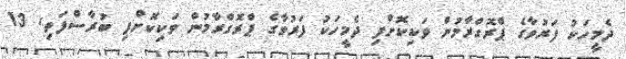
ދެމީހަކު ފަރުވާގެ ޕްރޮގްރާމުން ވަކިކޮށްފި ދެމީހަކު ފަރުވާގެ ޕްރޮގްރާމުން ވަކިކޮށްފި ބުރާސްފަތި